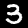
Label: 3